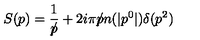
S ( p ) = { \frac { 1 } { p \! \! \! \slash } } + 2 i \pi p \! \! \! \slash n ( | p ^ { 0 } | ) \delta ( p ^ { 2 } )